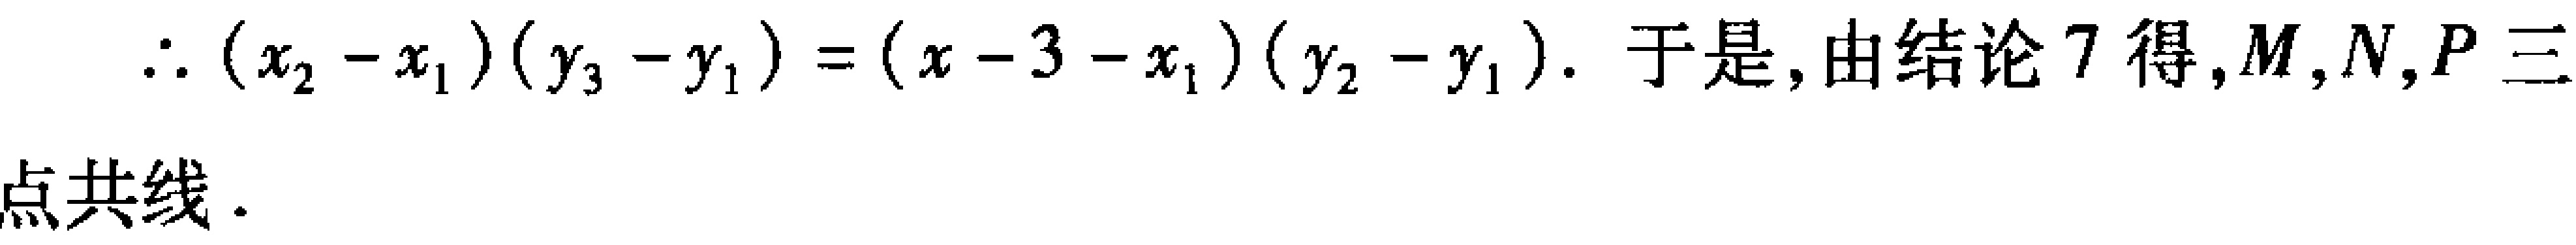
\(\therefore (x_{2}-x_{1})(y_{3}-y_{1})=(x - 3 - x_{1})(y_{2}-y_{1}).\) 于是, 由结论 7 得, \(M,N,P\) 三点共线.